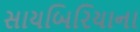
સાયબિરિયાના